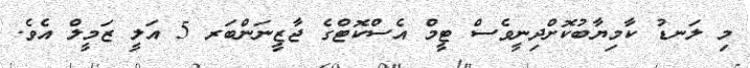
މި ލަނޑު ކާމިޔާބުކޮށްދިނީވެސް ޓީމް އެސްކޮޓްގެ ޖާޒީނަންބަރ 5 އަލީ ޒަމީލް އެވެ.